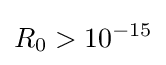
R_{0}>10^{-15}